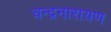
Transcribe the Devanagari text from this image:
चन्द्रनारायण